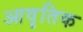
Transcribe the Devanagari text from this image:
आवृतिक